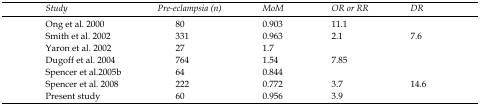
<table><thead><tr><td><b><i>Study</i></b></td><td><b><i>Pre-eclampsia (n)</i></b></td><td><b><i>MoM</i></b></td><td><b><i>OR or RR</i></b></td><td><b><i>DR</i></b></td></tr></thead><tbody><tr><td>Ong et al. 2000</td><td>80</td><td>0.903</td><td>11.1</td><td></td></tr><tr><td>Smith et al. 2002</td><td>331</td><td>0.963</td><td>2.1</td><td>7.6</td></tr><tr><td>Yaron et al. 2002</td><td>27</td><td>1.7</td><td></td><td></td></tr><tr><td>Dugoff et al. 2004</td><td>764</td><td>1.54</td><td>7.85</td><td></td></tr><tr><td>Spencer et al.2005b</td><td>64</td><td>0.844</td><td></td><td></td></tr><tr><td>Spencer et al. 2008</td><td>222</td><td>0.772</td><td>3.7</td><td>14.6</td></tr><tr><td>Present study</td><td>60</td><td>0.956</td><td>3.9</td><td></td></tr></tbody></table>